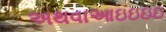
અથવાઆઇઇઇઇ